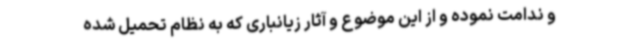
و ندامت نموده و از این موضوع و آثار زیانباری که به نظام تحمیل شده